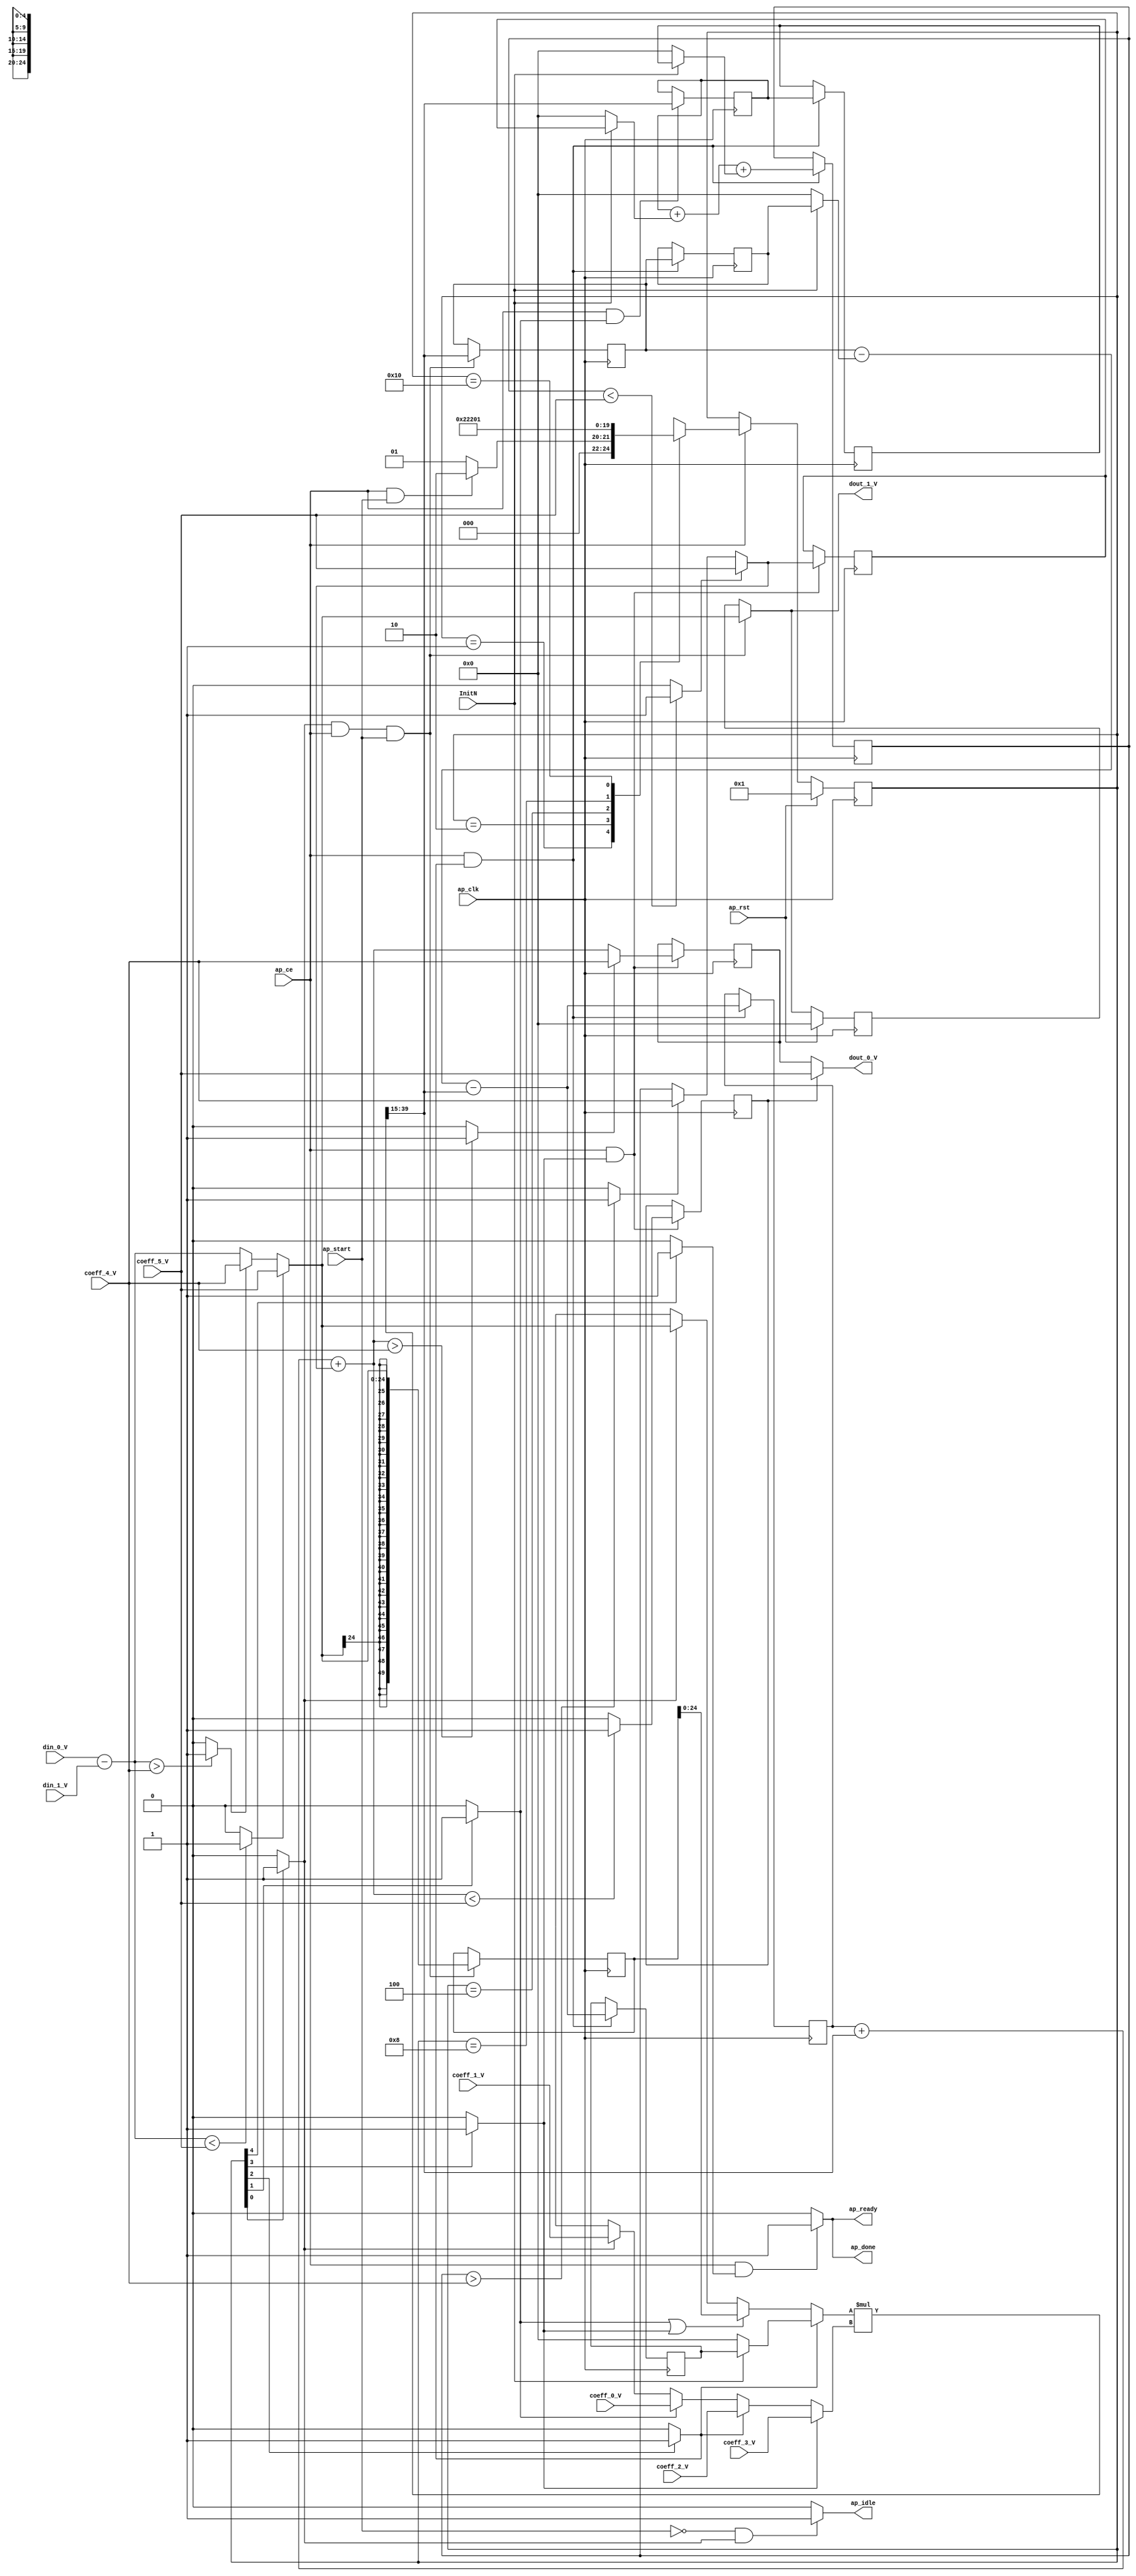
// ==============================================================
// RTL generated by Vivado(TM) HLS - High-Level Synthesis from C, C++ and SystemC
// Version: 2014.4
// Copyright (C) 2014 Xilinx Inc. All rights reserved.
// 
// ===========================================================

//`timescale 1 ns / 1 ps 

(* CORE_GENERATION_INFO="PID_Controller,hls_ip_2014_4,{HLS_INPUT_TYPE=cxx,HLS_INPUT_FLOAT=0,HLS_INPUT_FIXED=1,HLS_INPUT_PART=xc7z010clg400-1,HLS_INPUT_CLOCK=20.000000,HLS_INPUT_ARCH=others,HLS_SYN_CLOCK=17.025625,HLS_SYN_LAT=4,HLS_SYN_TPT=none,HLS_SYN_MEM=0,HLS_SYN_DSP=2,HLS_SYN_FF=306,HLS_SYN_LUT=638}" *)

module PID_Controller (
        ap_clk,
        ap_rst,
        ap_start,
        ap_done,
        ap_idle,
        ap_ready,
        InitN,
        coeff_0_V,
        coeff_1_V,
        coeff_2_V,
        coeff_3_V,
        coeff_4_V,
        coeff_5_V,
        din_0_V,
        din_1_V,
        dout_0_V,
        dout_1_V,
        ap_ce
);

parameter    ap_const_logic_1 = 1'b1;
parameter    ap_const_logic_0 = 1'b0;
parameter    ap_ST_st1_fsm_0 = 5'b1;
parameter    ap_ST_st2_fsm_1 = 5'b10;
parameter    ap_ST_st3_fsm_2 = 5'b100;
parameter    ap_ST_st4_fsm_3 = 5'b1000;
parameter    ap_ST_st5_fsm_4 = 5'b10000;
parameter    ap_const_lv32_0 = 32'b00000000000000000000000000000000;
parameter    ap_const_lv1_1 = 1'b1;
parameter    ap_const_lv25_0 = 25'b0000000000000000000000000;
parameter    ap_const_lv32_1 = 32'b1;
parameter    ap_const_lv32_2 = 32'b10;
parameter    ap_const_lv32_3 = 32'b11;
parameter    ap_const_lv32_4 = 32'b100;
parameter    ap_const_lv32_F = 32'b1111;
parameter    ap_const_lv32_27 = 32'b100111;
parameter    ap_true = 1'b1;

input   ap_clk;
input   ap_rst;
input   ap_start;
output   ap_done;
output   ap_idle;
output   ap_ready;
input   InitN;
input  [24:0] coeff_0_V;
input  [24:0] coeff_1_V;
input  [24:0] coeff_2_V;
input  [24:0] coeff_3_V;
input  [24:0] coeff_4_V;
input  [24:0] coeff_5_V;
input  [24:0] din_0_V;
input  [24:0] din_1_V;
output  [24:0] dout_0_V;
output  [24:0] dout_1_V;
input   ap_ce;

reg ap_done;
reg ap_idle;
reg ap_ready;
reg[24:0] dout_1_V;
(* fsm_encoding = "none" *) reg   [4:0] ap_CS_fsm = 5'b1;
reg    ap_sig_cseq_ST_st1_fsm_0;
reg    ap_sig_bdd_21;
reg   [24:0] prev_yi_V = 25'b0000000000000000000000000;
reg   [24:0] prev_x2_V = 25'b0000000000000000000000000;
reg   [24:0] prev_x1_V = 25'b0000000000000000000000000;
reg   [24:0] prev_yd_V = 25'b0000000000000000000000000;
wire  signed [49:0] OP2_V_fu_204_p1;
reg  signed [49:0] OP2_V_reg_392;
wire   [24:0] grp_fu_154_p4;
reg   [24:0] p_Val2_5_reg_397;
reg   [24:0] pid_mult2_V_reg_403;
reg    ap_sig_cseq_ST_st2_fsm_1;
reg    ap_sig_bdd_65;
wire   [24:0] p_Val2_10_fu_277_p2;
reg   [24:0] p_Val2_10_reg_409;
reg    ap_sig_cseq_ST_st3_fsm_2;
reg    ap_sig_bdd_75;
wire   [24:0] pid_addsub2_V_fu_288_p2;
reg   [24:0] pid_addsub2_V_reg_414;
wire   [24:0] tmp_V_fu_352_p3;
reg   [24:0] tmp_V_reg_421;
reg    ap_sig_cseq_ST_st4_fsm_3;
reg    ap_sig_bdd_87;
wire   [0:0] tmp_9_fu_359_p2;
reg   [0:0] tmp_9_reg_426;
wire   [24:0] p_Val2_15_fu_324_p3;
wire   [24:0] e_V_1_fu_190_p3;
reg   [24:0] dout_1_V_preg = 25'b0000000000000000000000000;
reg    ap_sig_cseq_ST_st5_fsm_4;
reg    ap_sig_bdd_116;
reg  signed [24:0] grp_fu_134_p0;
wire  signed [49:0] OP2_V_1_fu_267_p1;
reg  signed [24:0] grp_fu_134_p1;
wire  signed [49:0] OP1_V_fu_199_p1;
wire  signed [49:0] OP1_V_1_fu_209_p1;
wire  signed [49:0] OP1_V_2_fu_262_p1;
wire  signed [49:0] OP1_V_3_fu_331_p1;
wire  signed [49:0] grp_fu_134_p2;
wire   [24:0] pid_addsub_V_fu_164_p2;
wire   [0:0] tmp_6_fu_170_p2;
wire   [0:0] tmp_7_fu_184_p2;
wire   [24:0] e_V_fu_176_p3;
wire   [0:0] p_Val2_12_fu_230_p0;
wire   [0:0] p_Val2_9_fu_238_p0;
wire   [0:0] p_Val2_6_fu_246_p0;
wire   [0:0] prev_yd_V_load_s_fu_254_p0;
wire   [24:0] prev_yd_V_load_s_fu_254_p3;
wire   [24:0] p_Val2_6_fu_246_p3;
wire   [24:0] p_Val2_7_fu_272_p2;
wire   [24:0] p_Val2_12_fu_230_p3;
wire   [24:0] tmp_fu_283_p2;
wire   [24:0] p_Val2_9_fu_238_p3;
wire   [0:0] tmp_1_fu_310_p2;
wire   [0:0] tmp_2_fu_320_p2;
wire   [24:0] yi_V_fu_314_p3;
wire   [24:0] tmp1_fu_336_p2;
wire   [24:0] pid_addsub2_V_1_fu_341_p2;
wire   [0:0] tmp_4_fu_347_p2;
reg   [4:0] ap_NS_fsm;




/// the current state (ap_CS_fsm) of the state machine. ///
always @ (posedge ap_clk)
begin : ap_ret_ap_CS_fsm
    if (ap_rst == 1'b1) begin
        ap_CS_fsm <= ap_ST_st1_fsm_0;
    end else begin
        if ((ap_const_logic_1 == ap_ce)) begin
            ap_CS_fsm <= ap_NS_fsm;
        end
    end
end

/// dout_1_V_preg assign process. ///
always @ (posedge ap_clk)
begin : ap_ret_dout_1_V_preg
    if (ap_rst == 1'b1) begin
        dout_1_V_preg <= ap_const_lv25_0;
    end else begin
        if (((ap_const_logic_1 == ap_sig_cseq_ST_st1_fsm_0) & (ap_const_logic_1 == ap_ce) & ~(ap_start == ap_const_logic_0))) begin
            dout_1_V_preg <= e_V_1_fu_190_p3;
        end
    end
end

/// assign process. ///
always @(posedge ap_clk)
begin
    if (((ap_const_logic_1 == ap_sig_cseq_ST_st1_fsm_0) & (ap_const_logic_1 == ap_ce) & ~(ap_start == ap_const_logic_0))) begin
        OP2_V_reg_392 <= OP2_V_fu_204_p1;
        p_Val2_5_reg_397 <= {{grp_fu_134_p2[ap_const_lv32_27 : ap_const_lv32_F]}};
    end
end

/// assign process. ///
always @(posedge ap_clk)
begin
    if (((ap_const_logic_1 == ap_ce) & (ap_const_logic_1 == ap_sig_cseq_ST_st3_fsm_2))) begin
        p_Val2_10_reg_409 <= p_Val2_10_fu_277_p2;
        pid_addsub2_V_reg_414 <= pid_addsub2_V_fu_288_p2;
        prev_x1_V <= p_Val2_5_reg_397;
        prev_x2_V <= pid_mult2_V_reg_403;
        prev_yd_V <= p_Val2_10_fu_277_p2;
    end
end

/// assign process. ///
always @(posedge ap_clk)
begin
    if (((ap_const_logic_1 == ap_ce) & (ap_const_logic_1 == ap_sig_cseq_ST_st2_fsm_1))) begin
        pid_mult2_V_reg_403 <= {{grp_fu_134_p2[ap_const_lv32_27 : ap_const_lv32_F]}};
    end
end

/// assign process. ///
always @(posedge ap_clk)
begin
    if (((ap_const_logic_1 == ap_ce) & (ap_const_logic_1 == ap_sig_cseq_ST_st4_fsm_3))) begin
        prev_yi_V <= p_Val2_15_fu_324_p3;
        tmp_9_reg_426 <= tmp_9_fu_359_p2;
        tmp_V_reg_421 <= tmp_V_fu_352_p3;
    end
end

/// ap_done assign process. ///
always @ (ap_ce or ap_sig_cseq_ST_st5_fsm_4)
begin
    if (((ap_const_logic_1 == ap_ce) & (ap_const_logic_1 == ap_sig_cseq_ST_st5_fsm_4))) begin
        ap_done = ap_const_logic_1;
    end else begin
        ap_done = ap_const_logic_0;
    end
end

/// ap_idle assign process. ///
always @ (ap_start or ap_sig_cseq_ST_st1_fsm_0)
begin
    if ((~(ap_const_logic_1 == ap_start) & (ap_const_logic_1 == ap_sig_cseq_ST_st1_fsm_0))) begin
        ap_idle = ap_const_logic_1;
    end else begin
        ap_idle = ap_const_logic_0;
    end
end

/// ap_ready assign process. ///
always @ (ap_ce or ap_sig_cseq_ST_st5_fsm_4)
begin
    if (((ap_const_logic_1 == ap_ce) & (ap_const_logic_1 == ap_sig_cseq_ST_st5_fsm_4))) begin
        ap_ready = ap_const_logic_1;
    end else begin
        ap_ready = ap_const_logic_0;
    end
end

/// ap_sig_cseq_ST_st1_fsm_0 assign process. ///
always @ (ap_sig_bdd_21)
begin
    if (ap_sig_bdd_21) begin
        ap_sig_cseq_ST_st1_fsm_0 = ap_const_logic_1;
    end else begin
        ap_sig_cseq_ST_st1_fsm_0 = ap_const_logic_0;
    end
end

/// ap_sig_cseq_ST_st2_fsm_1 assign process. ///
always @ (ap_sig_bdd_65)
begin
    if (ap_sig_bdd_65) begin
        ap_sig_cseq_ST_st2_fsm_1 = ap_const_logic_1;
    end else begin
        ap_sig_cseq_ST_st2_fsm_1 = ap_const_logic_0;
    end
end

/// ap_sig_cseq_ST_st3_fsm_2 assign process. ///
always @ (ap_sig_bdd_75)
begin
    if (ap_sig_bdd_75) begin
        ap_sig_cseq_ST_st3_fsm_2 = ap_const_logic_1;
    end else begin
        ap_sig_cseq_ST_st3_fsm_2 = ap_const_logic_0;
    end
end

/// ap_sig_cseq_ST_st4_fsm_3 assign process. ///
always @ (ap_sig_bdd_87)
begin
    if (ap_sig_bdd_87) begin
        ap_sig_cseq_ST_st4_fsm_3 = ap_const_logic_1;
    end else begin
        ap_sig_cseq_ST_st4_fsm_3 = ap_const_logic_0;
    end
end

/// ap_sig_cseq_ST_st5_fsm_4 assign process. ///
always @ (ap_sig_bdd_116)
begin
    if (ap_sig_bdd_116) begin
        ap_sig_cseq_ST_st5_fsm_4 = ap_const_logic_1;
    end else begin
        ap_sig_cseq_ST_st5_fsm_4 = ap_const_logic_0;
    end
end

/// dout_1_V assign process. ///
always @ (ap_start or ap_sig_cseq_ST_st1_fsm_0 or ap_ce or e_V_1_fu_190_p3 or dout_1_V_preg)
begin
    if (((ap_const_logic_1 == ap_sig_cseq_ST_st1_fsm_0) & (ap_const_logic_1 == ap_ce) & ~(ap_start == ap_const_logic_0))) begin
        dout_1_V = e_V_1_fu_190_p3;
    end else begin
        dout_1_V = dout_1_V_preg;
    end
end

/// grp_fu_134_p0 assign process. ///
always @ (ap_sig_cseq_ST_st1_fsm_0 or OP2_V_fu_204_p1 or OP2_V_reg_392 or ap_sig_cseq_ST_st2_fsm_1 or ap_sig_cseq_ST_st3_fsm_2 or ap_sig_cseq_ST_st4_fsm_3 or OP2_V_1_fu_267_p1)
begin
    if ((ap_const_logic_1 == ap_sig_cseq_ST_st3_fsm_2)) begin
        grp_fu_134_p0 = OP2_V_1_fu_267_p1;
    end else if (((ap_const_logic_1 == ap_sig_cseq_ST_st2_fsm_1) | (ap_const_logic_1 == ap_sig_cseq_ST_st4_fsm_3))) begin
        grp_fu_134_p0 = OP2_V_reg_392;
    end else if ((ap_const_logic_1 == ap_sig_cseq_ST_st1_fsm_0)) begin
        grp_fu_134_p0 = OP2_V_fu_204_p1;
    end else begin
        grp_fu_134_p0 = 'bx;
    end
end

/// grp_fu_134_p1 assign process. ///
always @ (ap_sig_cseq_ST_st1_fsm_0 or ap_sig_cseq_ST_st2_fsm_1 or ap_sig_cseq_ST_st3_fsm_2 or ap_sig_cseq_ST_st4_fsm_3 or OP1_V_fu_199_p1 or OP1_V_1_fu_209_p1 or OP1_V_2_fu_262_p1 or OP1_V_3_fu_331_p1)
begin
    if ((ap_const_logic_1 == ap_sig_cseq_ST_st4_fsm_3)) begin
        grp_fu_134_p1 = OP1_V_3_fu_331_p1;
    end else if ((ap_const_logic_1 == ap_sig_cseq_ST_st3_fsm_2)) begin
        grp_fu_134_p1 = OP1_V_2_fu_262_p1;
    end else if ((ap_const_logic_1 == ap_sig_cseq_ST_st2_fsm_1)) begin
        grp_fu_134_p1 = OP1_V_1_fu_209_p1;
    end else if ((ap_const_logic_1 == ap_sig_cseq_ST_st1_fsm_0)) begin
        grp_fu_134_p1 = OP1_V_fu_199_p1;
    end else begin
        grp_fu_134_p1 = 'bx;
    end
end
/// the next state (ap_NS_fsm) of the state machine. ///
always @ (ap_start or ap_CS_fsm or ap_ce)
begin
    case (ap_CS_fsm)
        ap_ST_st1_fsm_0 : 
        begin
            if (((ap_const_logic_1 == ap_ce) & ~(ap_start == ap_const_logic_0))) begin
                ap_NS_fsm = ap_ST_st2_fsm_1;
            end else begin
                ap_NS_fsm = ap_ST_st1_fsm_0;
            end
        end
        ap_ST_st2_fsm_1 : 
        begin
            ap_NS_fsm = ap_ST_st3_fsm_2;
        end
        ap_ST_st3_fsm_2 : 
        begin
            ap_NS_fsm = ap_ST_st4_fsm_3;
        end
        ap_ST_st4_fsm_3 : 
        begin
            ap_NS_fsm = ap_ST_st5_fsm_4;
        end
        ap_ST_st5_fsm_4 : 
        begin
            ap_NS_fsm = ap_ST_st1_fsm_0;
        end
        default : 
        begin
            ap_NS_fsm = 'bx;
        end
    endcase
end

assign OP1_V_1_fu_209_p1 = $signed(coeff_0_V);
assign OP1_V_2_fu_262_p1 = $signed(coeff_2_V);
assign OP1_V_3_fu_331_p1 = $signed(coeff_3_V);
assign OP1_V_fu_199_p1 = $signed(coeff_1_V);
assign OP2_V_1_fu_267_p1 = $signed(prev_yd_V_load_s_fu_254_p3);
assign OP2_V_fu_204_p1 = $signed(e_V_1_fu_190_p3);

/// ap_sig_bdd_116 assign process. ///
always @ (ap_CS_fsm)
begin
    ap_sig_bdd_116 = (ap_const_lv1_1 == ap_CS_fsm[ap_const_lv32_4]);
end

/// ap_sig_bdd_21 assign process. ///
always @ (ap_CS_fsm)
begin
    ap_sig_bdd_21 = (ap_CS_fsm[ap_const_lv32_0] == ap_const_lv1_1);
end

/// ap_sig_bdd_65 assign process. ///
always @ (ap_CS_fsm)
begin
    ap_sig_bdd_65 = (ap_const_lv1_1 == ap_CS_fsm[ap_const_lv32_1]);
end

/// ap_sig_bdd_75 assign process. ///
always @ (ap_CS_fsm)
begin
    ap_sig_bdd_75 = (ap_const_lv1_1 == ap_CS_fsm[ap_const_lv32_2]);
end

/// ap_sig_bdd_87 assign process. ///
always @ (ap_CS_fsm)
begin
    ap_sig_bdd_87 = (ap_const_lv1_1 == ap_CS_fsm[ap_const_lv32_3]);
end
assign dout_0_V = ((tmp_9_reg_426)? coeff_5_V: tmp_V_reg_421);
assign e_V_1_fu_190_p3 = ((tmp_7_fu_184_p2)? coeff_5_V: e_V_fu_176_p3);
assign e_V_fu_176_p3 = ((tmp_6_fu_170_p2)? coeff_4_V: pid_addsub_V_fu_164_p2);
assign grp_fu_134_p2 = ($signed(grp_fu_134_p0) * $signed(grp_fu_134_p1));
assign grp_fu_154_p4 = {{grp_fu_134_p2[ap_const_lv32_27 : ap_const_lv32_F]}};
assign p_Val2_10_fu_277_p2 = (p_Val2_7_fu_272_p2 - grp_fu_154_p4);
assign p_Val2_12_fu_230_p0 = InitN;
assign p_Val2_12_fu_230_p3 = ((p_Val2_12_fu_230_p0)? prev_yi_V: ap_const_lv25_0);
assign p_Val2_15_fu_324_p3 = ((tmp_2_fu_320_p2)? coeff_5_V: yi_V_fu_314_p3);
assign p_Val2_6_fu_246_p0 = InitN;
assign p_Val2_6_fu_246_p3 = ((p_Val2_6_fu_246_p0)? prev_x1_V: ap_const_lv25_0);
assign p_Val2_7_fu_272_p2 = (p_Val2_5_reg_397 - p_Val2_6_fu_246_p3);
assign p_Val2_9_fu_238_p0 = InitN;
assign p_Val2_9_fu_238_p3 = ((p_Val2_9_fu_238_p0)? prev_x2_V: ap_const_lv25_0);
assign pid_addsub2_V_1_fu_341_p2 = (tmp1_fu_336_p2 + p_Val2_15_fu_324_p3);
assign pid_addsub2_V_fu_288_p2 = (tmp_fu_283_p2 + p_Val2_9_fu_238_p3);
assign pid_addsub_V_fu_164_p2 = (din_0_V - din_1_V);
assign prev_yd_V_load_s_fu_254_p0 = InitN;
assign prev_yd_V_load_s_fu_254_p3 = ((prev_yd_V_load_s_fu_254_p0)? prev_yd_V: ap_const_lv25_0);
assign tmp1_fu_336_p2 = (p_Val2_10_reg_409 + grp_fu_154_p4);
assign tmp_1_fu_310_p2 = ($signed(pid_addsub2_V_reg_414) > $signed(coeff_4_V)? 1'b1: 1'b0);
assign tmp_2_fu_320_p2 = ($signed(pid_addsub2_V_reg_414) < $signed(coeff_5_V)? 1'b1: 1'b0);
assign tmp_4_fu_347_p2 = ($signed(pid_addsub2_V_1_fu_341_p2) > $signed(coeff_4_V)? 1'b1: 1'b0);
assign tmp_6_fu_170_p2 = ($signed(pid_addsub_V_fu_164_p2) > $signed(coeff_4_V)? 1'b1: 1'b0);
assign tmp_7_fu_184_p2 = ($signed(pid_addsub_V_fu_164_p2) < $signed(coeff_5_V)? 1'b1: 1'b0);
assign tmp_9_fu_359_p2 = ($signed(pid_addsub2_V_1_fu_341_p2) < $signed(coeff_5_V)? 1'b1: 1'b0);
assign tmp_V_fu_352_p3 = ((tmp_4_fu_347_p2)? coeff_4_V: pid_addsub2_V_1_fu_341_p2);
assign tmp_fu_283_p2 = (pid_mult2_V_reg_403 + p_Val2_12_fu_230_p3);
assign yi_V_fu_314_p3 = ((tmp_1_fu_310_p2)? coeff_4_V: pid_addsub2_V_reg_414);


endmodule //PID_Controller